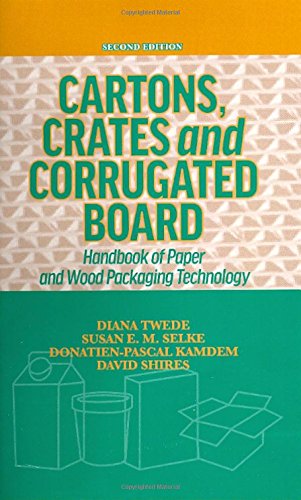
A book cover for Cartons, Crates and Corrugated Board: Handbook of Paper and Wood Packaging Technology, Second Edition; Diana Twede; Business & Money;